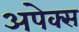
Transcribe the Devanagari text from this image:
अपेक्स